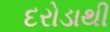
દરોડાથી